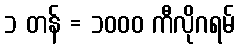
၁ တန် = ၁၀၀၀ ကီလိုဂရမ်